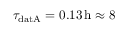
\tau _ { \mathrm { d a t A } } = 0 . 1 3 \, \mathrm { h } \approx 8